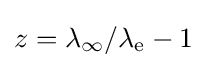
z=\lambda _{\infty }/\lambda _{\text{e}}-1